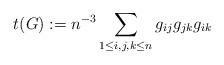
LaTeX: \begin{align*}t(G) := n^{-3} \sum_{1 \leq i,j,k \leq n} g_{ij} g_{jk} g_{ik}\end{align*}